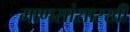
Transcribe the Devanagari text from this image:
माणसांसारखी